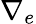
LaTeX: \nabla_{e}